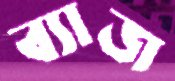
ব্যাজ